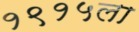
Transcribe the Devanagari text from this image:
१९१५ला